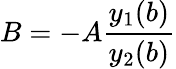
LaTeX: B=-A\frac{y_{1}(b)}{y_{2}(b)}